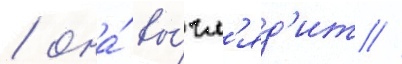
/ она́ вы́гл'яд'ит /